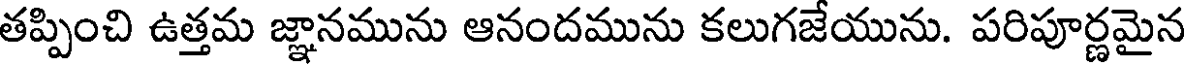
తప్పించి ఉత్తమ జ్ఞానమును ఆనందమును కలుగజేయును. పరిపూర్ణమైన